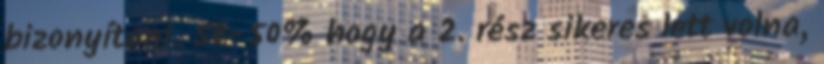
bizonyítani. 50-50% hogy a 2. rész sikeres lett volna,